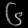
Digit: ၆